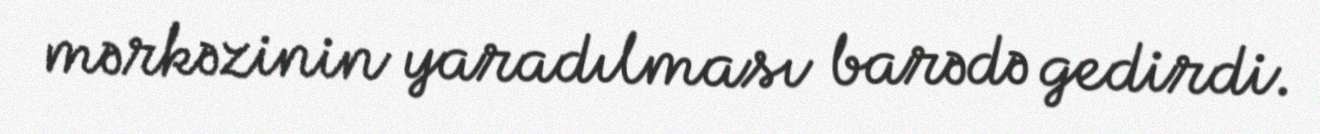
mərkəzinin yaradılması barədə gedirdi.